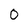
Character: 0